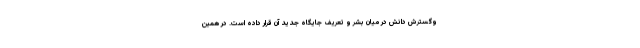
وگسترش دانش در میان بشر و تعریف جایگاه جدید آن قرار داده است. در همین